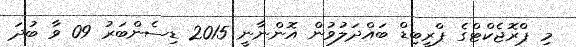
މި ޕްރޮޖެކްޓްގެ ޕްރީބިޑް ބައްދަލުވުން އޮންނާނީ 2015 ޑިސެންބަރު 09 ވާ ބުދަ